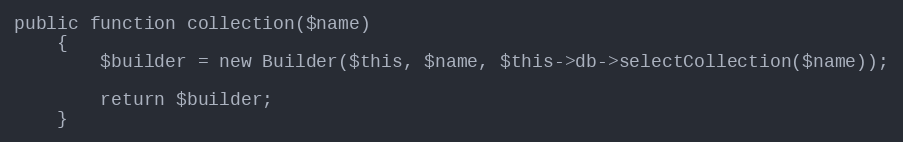
Language: PHP
public function collection($name)
    {
        $builder = new Builder($this, $name, $this->db->selectCollection($name));

        return $builder;
    }